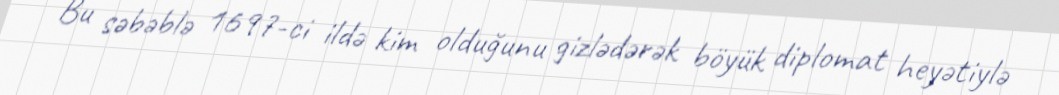
Bu səbəblə 1697-ci ildə kim olduğunu gizlədərək böyük diplomat heyətiylə